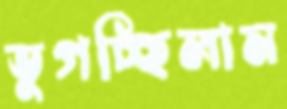
ভুগচ্ছিলাম